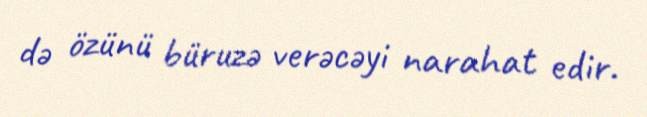
də özünü büruzə verəcəyi narahat edir.